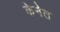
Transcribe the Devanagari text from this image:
केनेत